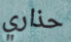
حذاري